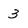
Character: 3